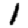
Digit: 1